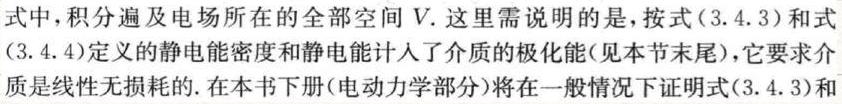
式中, 积分遍及电场所在的全部空间 $V$. 这里需说明的是, 按式 (3.4.3) 和式(3.4.4) 定义的静电能密度和静电能计人了介质的极化能 (见本节末尾), 它要求介质是线性无损耗的. 在本书下册 (电动力学部分) 将在一般情况下证明式 (3.4.3) 和